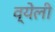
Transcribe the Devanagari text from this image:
व्येली